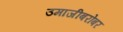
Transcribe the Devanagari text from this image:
उमाजीबरोबर